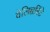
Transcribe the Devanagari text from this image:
वेलिच्चत्तिंटे